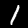
Digit: 1